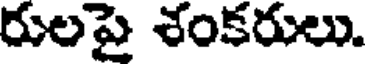
రులపై శంకరులు.